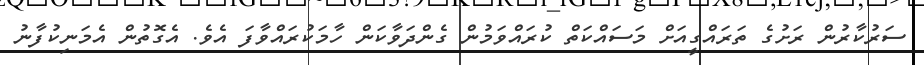
ސަރުކާރުން ރަށުގެ ތަރައްގީއަށް މަސައްކަތް ކުރައްވަމުން ގެންދަވާކަން ހާމަކުރައްވާފަ އެވެ. އެގޮތުން އެމަނިކުފާނު